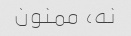
نه، ممنون